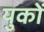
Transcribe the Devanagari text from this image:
युकों